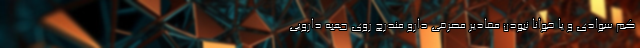
کم سوادی و یا خوانا نبودن مقادیر مصرفی دارو مندرج روی جعبه دارویی